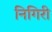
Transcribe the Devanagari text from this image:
निगिरी